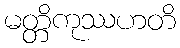
မတ္တိကုဿဟတိ